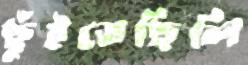
ছুঁইতেছিলি